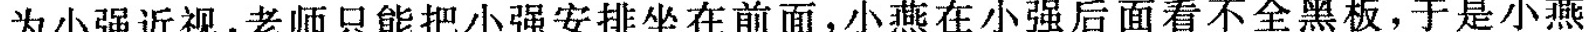
为小强近视，老师只能把小强安排坐在前面，小燕在小强后面看不全黑板，于是小燕